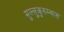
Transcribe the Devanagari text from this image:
मुल्लुकुरुम्बास